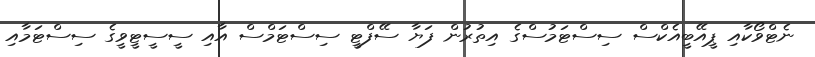
ނެޓްވޯކާއި ޕީއޭބީއެކްސް ސިސްޓަމުސްގެ އިތުރުން ފަޔާ ސޭފްޓީ ސިސްޓަމްސް އާއި ސީސީޓީވީގެ ސިސްޓަމާއި